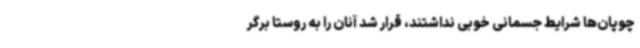
چوپان‌ها شرایط جسمانی خوبی نداشتند، قرار شد آنان را به روستا برگر